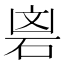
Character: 𮀘